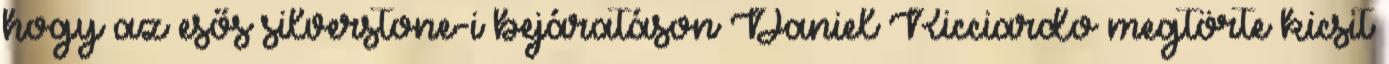
hogy az esős silverstone-i bejáratáson Daniel Ricciardo megtörte kicsit